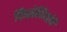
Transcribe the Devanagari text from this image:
फिरोदियांचे